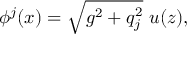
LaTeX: \phi ^ { j } ( x ) = \sqrt { g ^ { 2 } + q _ { j } ^ { 2 } } \ u ( z ) ,